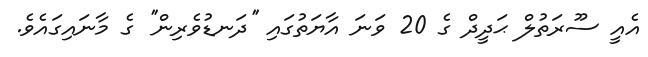
އެއީ ސޫރަތުލް ޙަދީދް ގެ 20 ވަނަ އާޔަތުގައި ''ދަނޑުވެރިން'' ގެ މާނައިގައެވެ.